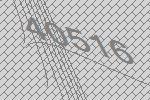
40516